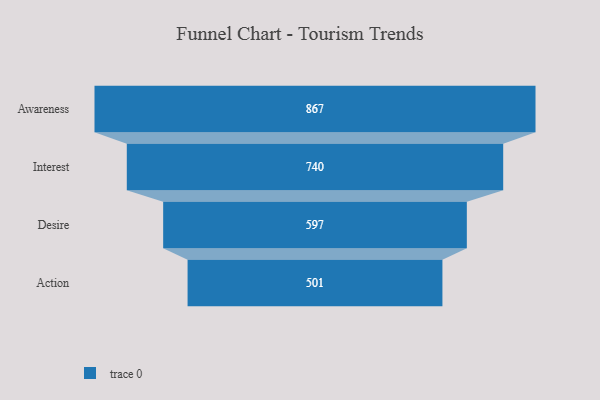
{"axis": {"x": "Stage", "y": "Value"}, "legend": [""], "data": [{"x": "Awareness", "y": 867.0, "type": ""}, {"x": "Interest", "y": 740.0, "type": ""}, {"x": "Desire", "y": 597.0, "type": ""}, {"x": "Action", "y": 501.0, "type": ""}]}